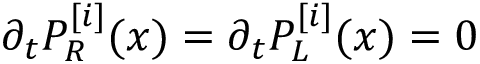
\partial _ { t } P _ { R } ^ { [ i ] } ( x ) = \partial _ { t } P _ { L } ^ { [ i ] } ( x ) = 0